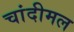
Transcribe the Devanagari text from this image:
चांदीमल